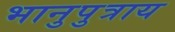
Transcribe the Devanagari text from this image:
भानुपुत्राय